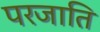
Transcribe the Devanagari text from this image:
परजाति